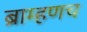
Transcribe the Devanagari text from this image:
ब्राम्हणच